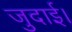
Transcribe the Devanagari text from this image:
जुदाई।